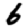
Digit: 6